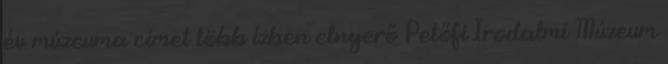
év múzeuma címet több ízben elnyerő Petőfi Irodalmi Múzeum